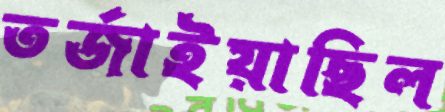
তর্জাইয়াছিল